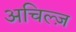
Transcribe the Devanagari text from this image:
अचिल्ज़